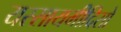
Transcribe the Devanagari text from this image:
यस्सायमीदिसो